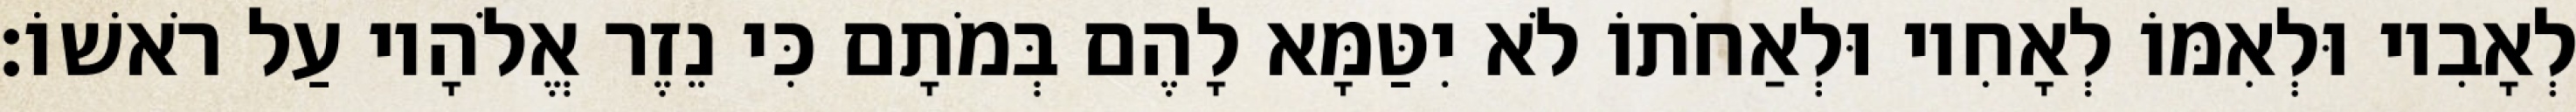
לְאָבִיו וּלְאִמּוֹ לְאָחִיו וּלְאַחֹתוֹ לֹא יִטַּמָּא לָהֶם בְּמֹתָם כִּי נֵזֶר אֱלֹהָיו עַל רֹאשׁוֹ׃